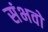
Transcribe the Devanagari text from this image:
संभवो